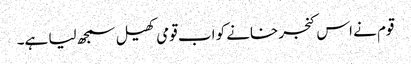
قوم نے اس کنجر خانے کو اب قومی کھیل سمجھ لیا ہے۔